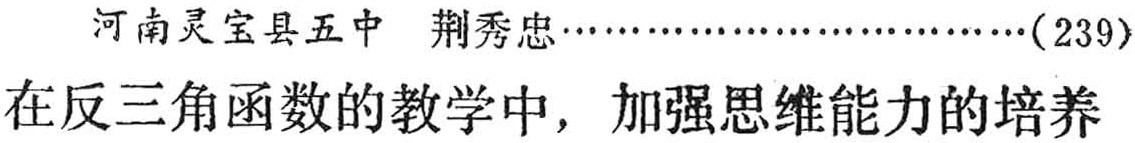
河南灵宝县五中 荆秀忠………………(239)\\

在反三角函数的教学中，加强思维能力的培养